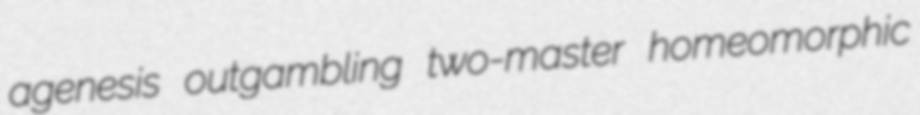
agenesis outgambling two-master homeomorphic